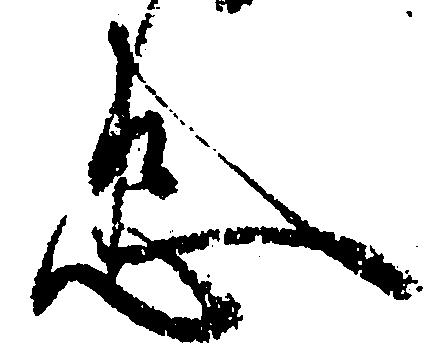
忠